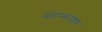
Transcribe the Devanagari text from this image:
मोहम्मदशाह